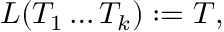
L ( T _ { 1 } \dots T _ { k } ) : = T ,